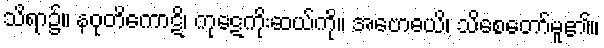
သိရာ၌။ နဝုတိကောဋိ၊ ကုဋေကိုးဆယ်ကို။ အဗောဓယိ၊ သိစေတော်မူ၏။